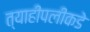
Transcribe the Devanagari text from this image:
त्याहीपलीकडे